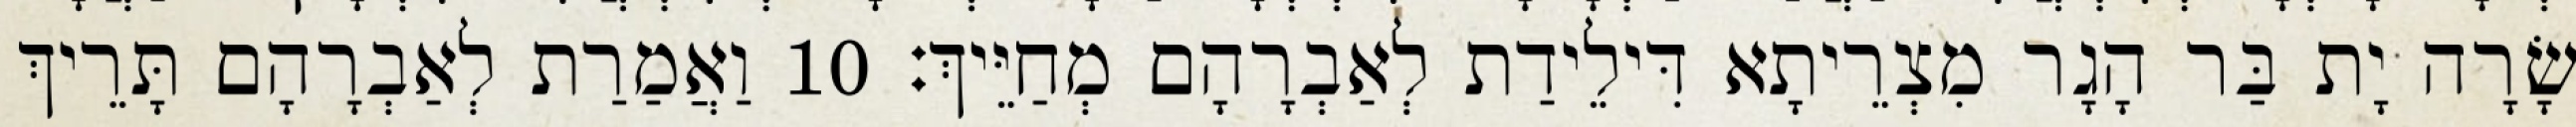
שָׂרָה יָת בַּר הָגָר מִצְרֵיתָא דִּילֵידַת לְאַבְרָהָם מְחַיֵּיךְ׃ 10 וַאֲמַרַת לְאַבְרָהָם תָּרֵיךְ